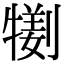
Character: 𤛜